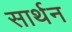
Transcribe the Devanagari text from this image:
सार्थन